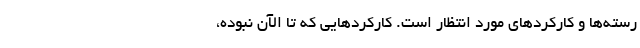
رسته‌ها و کارکردهای مورد انتظار است. کارکردهایی که تا الآن نبوده،